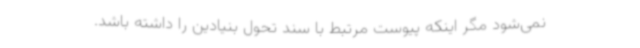
نمی‌شود مگر اینکه پیوست مرتبط با سند تحول بنیادین را داشته باشد.